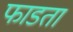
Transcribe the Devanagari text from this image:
फाडता